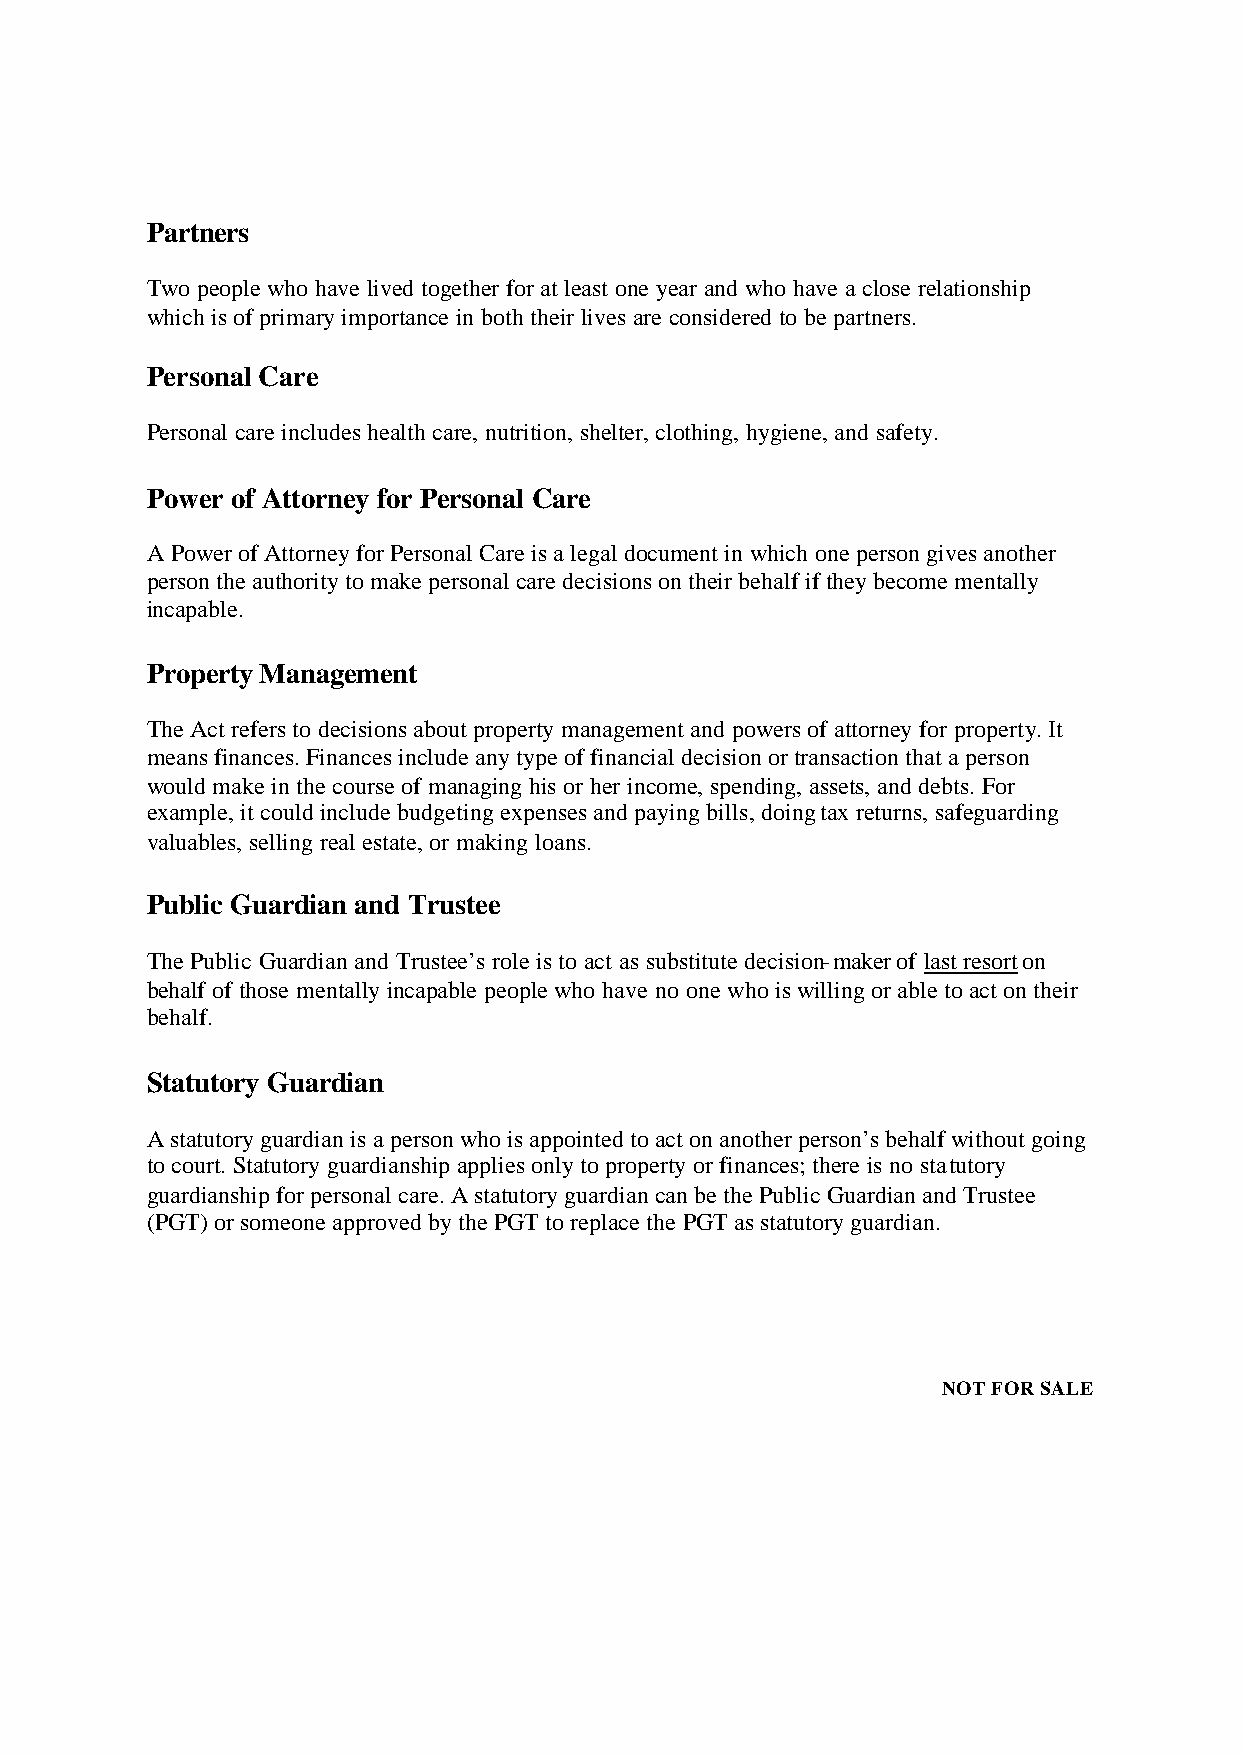
Partners
 Two people who have lived together for at least one year and who have a close relationship
 which is of primary importance in both their lives are considered to be partners.
 Personal Care
 Personal care includes health care, nutrition, shelter, clothing, hygiene, and safety.
 Power of Attorney for Personal Care
 A Power of Attorney for Personal Care is a legal document in which one person gives another
 person the authority to make personal care decisions on their behalf if they become mentally
 incapable.
 Property Management
 The Act refers to decisions about property management and powers of attorney for property. It
 means finances. Finances include any type of financial decision or transaction that a person
 would make in the course of managing his or her income, spending, assets, and debts. For
 example, it could include budgeting expenses and paying bills, doing tax returns, safeguarding
 valuables, selling real estate, or making loans.
 Public Guardian and Trustee
 The Public Guardian and Trustee’s role is to act as substitute decision-maker of last resort on
 behalf of those mentally incapable people who have no one who is willing or able to act on their
 behalf.
 Statutory Guardian
 A statutory guardian is a person who is appointed to act on another person’s behalf without going
 to court. Statutory guardianship applies only to property or finances; there is no statutory
 guardianship for personal care. A statutory guardian can be the Public Guardian and Trustee
 (PGT) or someone approved by the PGT to replace the PGT as statutory guardian.
 NOT FOR SALE